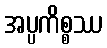
အပ္ပကိစ္စဿ